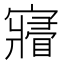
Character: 𡫔